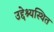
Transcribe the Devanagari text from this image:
उद्देश्यस्थित